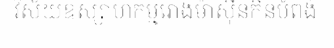
វិស័យឧស្សាហកម្មរោងម៉ាស៊ីនកិនបំពង់